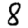
Digit: 8